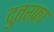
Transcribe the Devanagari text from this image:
दुतरफ़ा